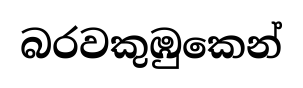
බරවකුඹුකෙන්